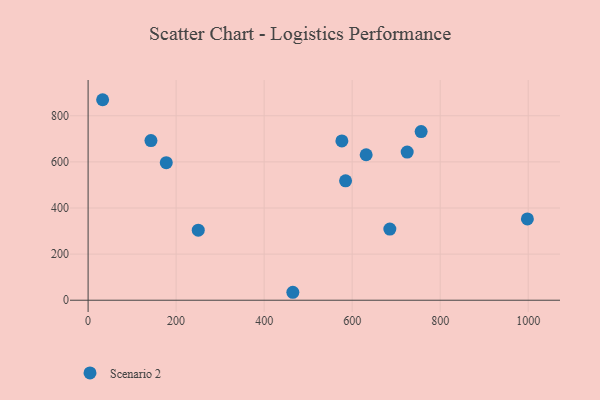
{"axis": {"x": "Investment", "y": "Yield"}, "legend": ["Scenario 2"], "data": [{"x": "465.2", "y": 34.5, "type": "Scenario 2"}, {"x": "585.0", "y": 517.8, "type": "Scenario 2"}, {"x": "177.6", "y": 596.5, "type": "Scenario 2"}, {"x": "685.6", "y": 308.7, "type": "Scenario 2"}, {"x": "576.6", "y": 691.0, "type": "Scenario 2"}, {"x": "142.8", "y": 692.5, "type": "Scenario 2"}, {"x": "998.1", "y": 352.7, "type": "Scenario 2"}, {"x": "250.3", "y": 304.0, "type": "Scenario 2"}, {"x": "725.0", "y": 642.6, "type": "Scenario 2"}, {"x": "33.0", "y": 869.7, "type": "Scenario 2"}, {"x": "756.7", "y": 731.6, "type": "Scenario 2"}, {"x": "631.8", "y": 631.0, "type": "Scenario 2"}]}